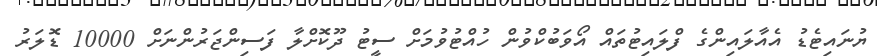
ޔުނައިޓެޑު އެއާލައިންގެ ފްލައިޓުތައް އޯވަބުކްވުން ހުއްޓުވުމަށް ސީޓު ދޫކޮށްލާ ފަސިންޖަރުންނަށް 10000 ޑޮލަރު